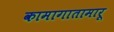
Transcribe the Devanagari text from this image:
कामागातामारू